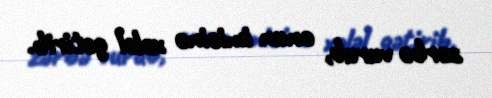
zərbə vurub, onun imicinə xələl gətirib.